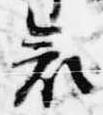
哀